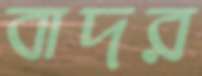
বাদর